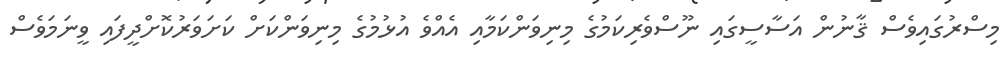
މިސްރުގައިވެސް ޤާނުން އަސާސީގައި ނޫސްވެރިކަމުގެ މިނިވަންކަމާއި އެއްވެ އުޅުމުގެ މިނިވަންކަށް ކަށަވަރުކޮށްދީފައި ވީނަމަވެސް